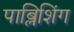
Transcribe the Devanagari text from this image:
पाब्लिशिंग